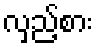
လှည့်စား